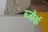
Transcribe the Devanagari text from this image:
ब्जौर्क